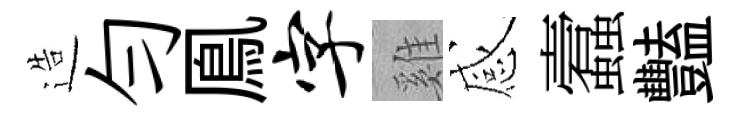
造勻鳯字雞感蠧豔